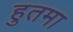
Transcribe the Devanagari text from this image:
हुतमा